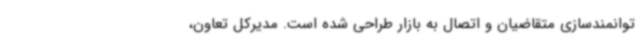
توانمندسازی متقاضیان و اتصال به بازار طراحی شده است. مدیرکل تعاون،